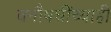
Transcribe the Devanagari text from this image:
वनौषधींच्याही